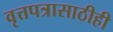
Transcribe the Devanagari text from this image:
वृत्तपत्रासाठीही